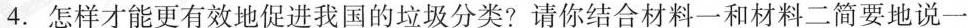
4.怎样才能更有效地促进我国的垃圾分类?请你结合材料一和材料二简要地说一